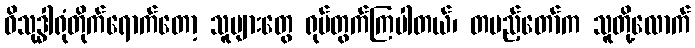
ဝိသုဒ္ဓါရုံတိုက်ရောက်တော့ သူများတွေ ရုပ်တွက်ကြပါတယ်၊ တပည့်တော်က သူတို့လောက်